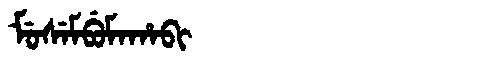
Manchu: ᠮᡠᠰᡝᠮᠪᡠᠮᠠᡥᠠᠪᡳ
Romanization: MUSEMBUMAHABI